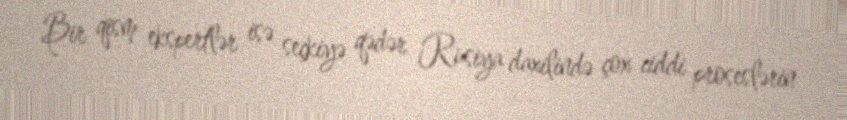
Bir qism ekspertlər isə seçkiyə qədər Rusiya daxilində çox ciddi proseslərin